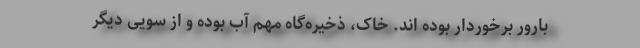
بارور برخوردار بوده اند. خاک، ذخیره‌گاه مهم آب بوده و از سویی دیگر